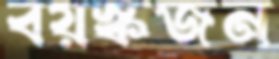
বয়স্কজন